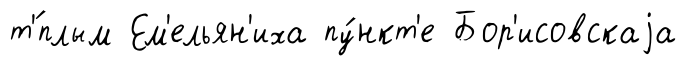
т'́плым Ем'ельян'иха пу́нкт'е Бор'исовскаjа